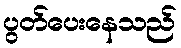
ပွတ်ပေးနေသည်